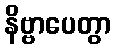
နိဗ္ဗာပေတွာ